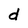
Character: d